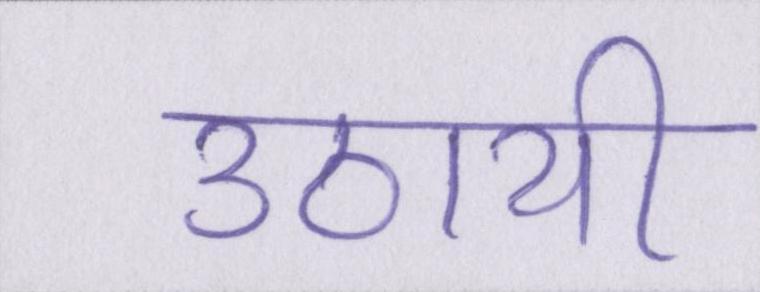
उठायी